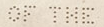
OF THE